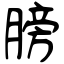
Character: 膀